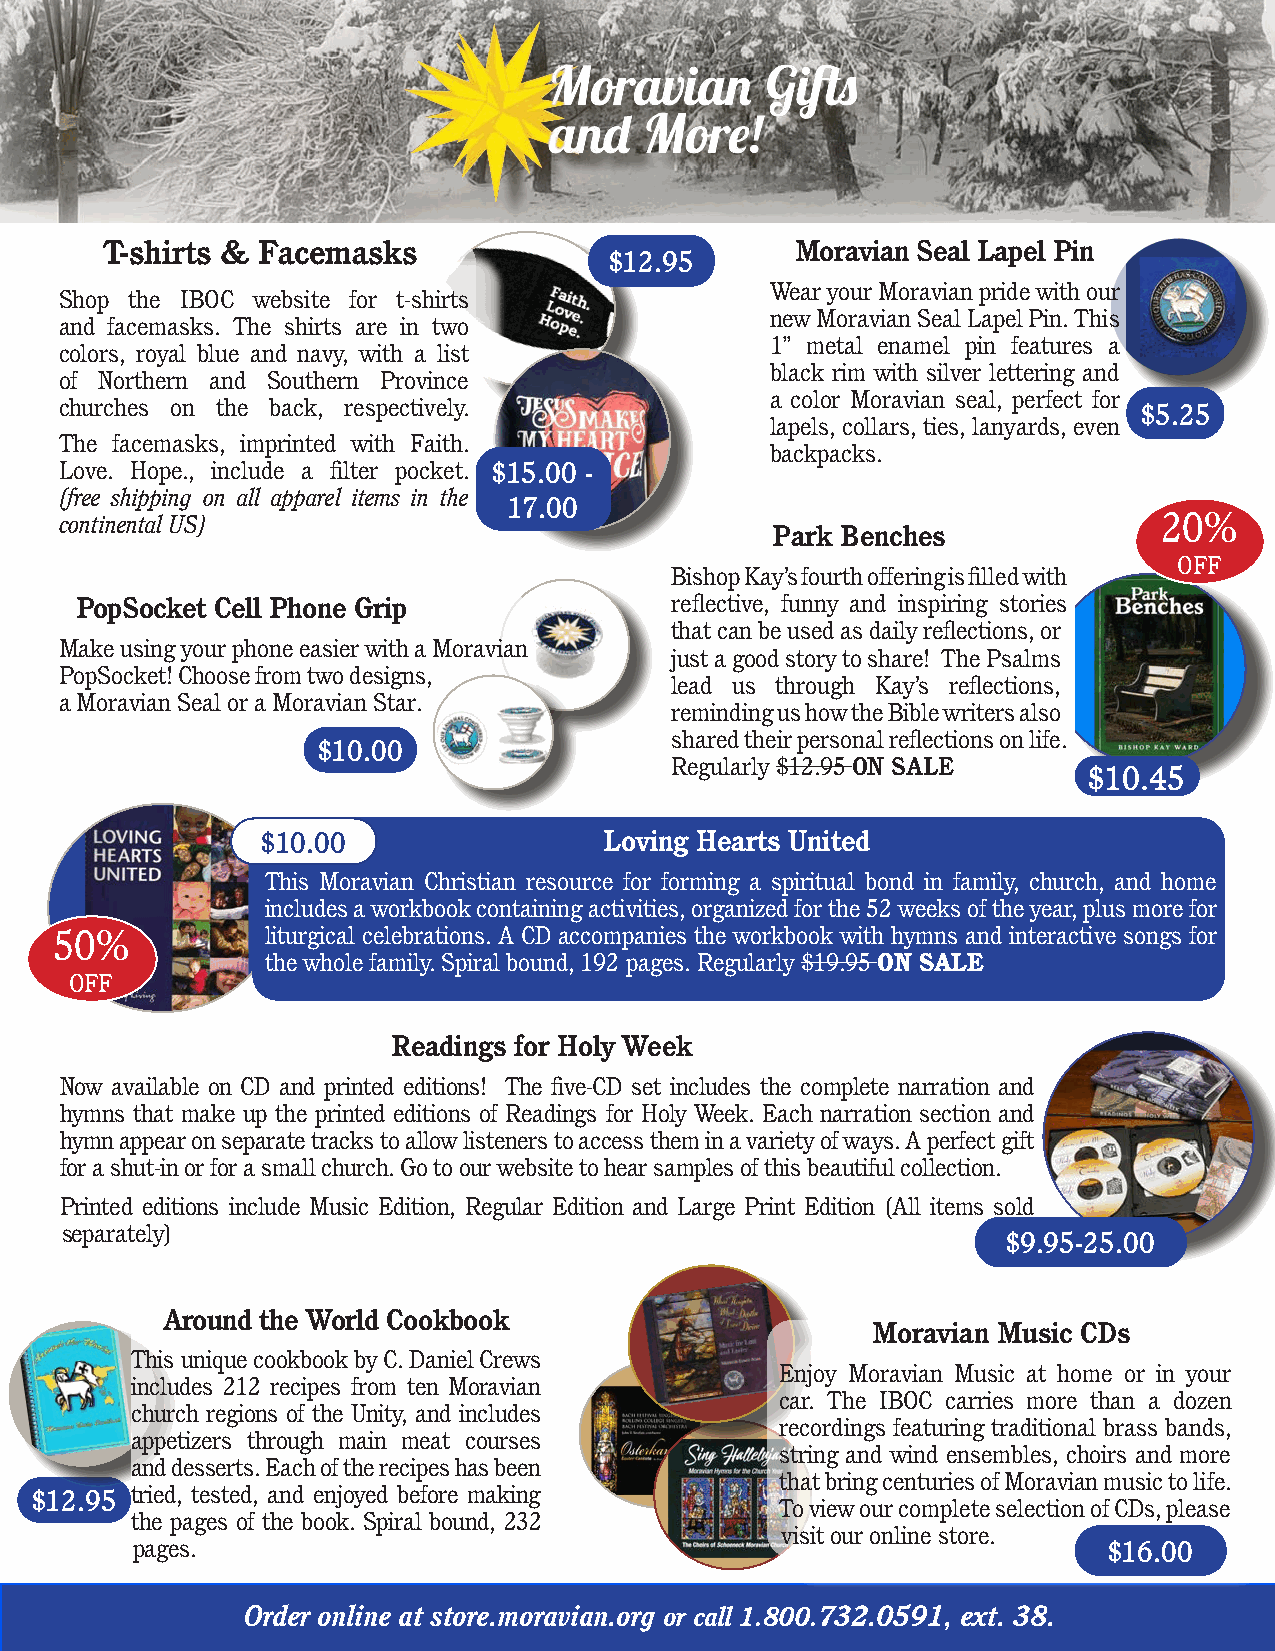
T-shirts & Facemasks                          Moravian Seal Lapel Pin
 $12.95
 Wear your Moravian pride with our
 Shop the IBOC website for t-shirts
 new Moravian Seal Lapel Pin. This
 and facemasks. The shirts are in two
 1” metal enamel pin features a
 colors, royal blue and navy, with a list
 black rim with silver lettering and
 of Northern and Southern Province
 a color Moravian seal, perfect for
 churches on the back, respectively.                                    $5.25
 lapels, collars, ties, lanyards, even
 The facemasks, imprinted with Faith.
 backpacks.
 Love. Hope., include a filter pocket. $15.00 -
 (free shipping on all apparel items in the
 17.00
 continental US)                                                          20%
 Park Benches
 OFF
 Bishop Kay’s fourth offering is filled with
 PopSocket Cell Phone Grip              reflective, funny and inspiring stories
 that can be used as daily reflections, or
 Make using your phone easier with a Moravian
 just a good story to share! The Psalms
 PopSocket! Choose from two designs,
 lead us through Kay’s reflections,
 a Moravian Seal or a Moravian Star.
 reminding us how the Bible writers also
 shared their personal reflections on life.
 $10.00
 Regularly $12.95 ON SALE
 $10.45
 $$1100..0000           Loving Hearts United
 This Moravian Christian resource for forming a spiritual bond in family, church, and home
 includes a workbook containing activities, organized for the 52 weeks of the year, plus more for
 50%           liturgical celebrations. A CD accompanies the workbook with hymns and interactive songs for
 the whole family. Spiral bound, 192 pages. Regularly $19.95 ON SALE
 OFF
 Readings for Holy Week
 Now available on CD and printed editions! The five-CD set includes the complete narration and
 hymns that make up the printed editions of Readings for Holy Week. Each narration section and
 hymn appear on separate tracks to allow listeners to access them in a variety of ways. A perfect gift
 for a shut-in or for a small church. Go to our website to hear samples of this beautiful collection.
 Printed editions include Music Edition, Regular Edition and Large Print Edition (All items sold
 separately)
 $9.95-25.00
 Around the World Cookbook
 Moravian Music CDs
 This unique cookbook by C. Daniel Crews
 Enjoy Moravian Music at home or in your
 includes 212 recipes from ten Moravian
 car. The IBOC carries more than a dozen
 church regions of the Unity, and includes
 recordings featuring traditional brass bands,
 appetizers through main meat courses
 string and wind ensembles, choirs and more
 and desserts. Each of the recipes has been
 that bring centuries of Moravian music to life.
 $12.95 tried, tested, and enjoyed before making
 To view our complete selection of CDs, please
 the pages of the book. Spiral bound, 232
 visit our online store.
 pages.                                                          $16.00
 Order online at store.moravian.org or call 1.800.732.0591, ext. 38.